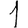
Digit: 1